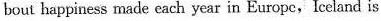
bout bappiness made each year in Europe,Iceland is